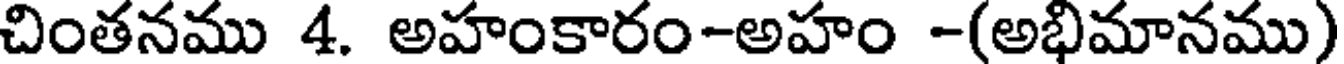
చింతనము 4. అహంకారం-అహం -(అభిమానము)